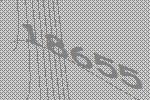
18655